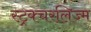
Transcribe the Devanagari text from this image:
स्ट्रक्चरलिज्म